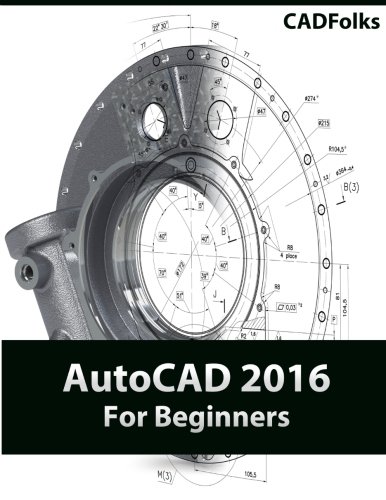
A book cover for AutoCAD 2016 For Beginners; CADFolks; Engineering & Transportation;